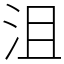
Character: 沮